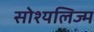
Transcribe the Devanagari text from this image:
सोश्यलिज्म